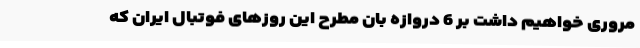
مروری خواهیم داشت بر 6 دروازه بان مطرح این روزهای فوتبال ایران که